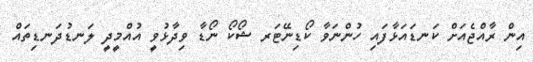
އިން ރާއްޖެއަށް ކަނޑައަޅާފައި ހުންނަވާ ކޯޑިނޭޓަރ ޝޯކޯ ނޯޑާ ވިދާޅުވީ އުއްމީދީ ލަނޑުދަނޑިތައް